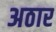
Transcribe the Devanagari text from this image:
अठार